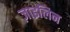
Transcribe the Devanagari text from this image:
ज़ाइलिन